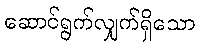
ဆောင်ရွက်လျှက်ရှိသော